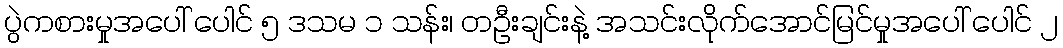
ပွဲကစားမှုအပေါ် ပေါင် ၅ ဒသမ ၁ သန်း၊ တဦးချင်းနဲ့ အသင်းလိုက်အောင်မြင်မှုအပေါ် ပေါင် ၂